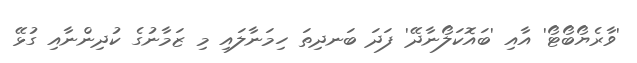
'ވާރެޔޯބޯޓޯ' އާއި 'ބައޮކަލޯނާދޭ' ފަދަ ބަނދިތަ ހިމަނާލައި މި ޒަމާނުގެ ކުދިންނާއި ގުޅޭ